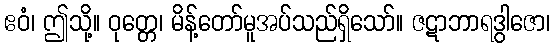
ဧဝံ၊ ဤသို့။ ဝုတ္တေ၊ မိန့်တော်မူအပ်သည်ရှိသော်။ ဇဋာဘာရဒွါဇော၊